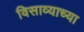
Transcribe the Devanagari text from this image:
विसाव्याच्या